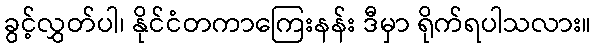
ခွင့်လွှတ်ပါ၊ နိုင်ငံတကာကြေးနန်း ဒီမှာ ရိုက်ရပါသလား။